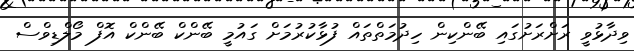
ވިދާޅުވީ ރަށްރަށުގައި ބޭންކިން ހިދުމަތްތައް ފުޅާކުރުމަށް ގައުމީ ބޭންކް ބޭންކް އޮފް މޯލްޑިވްސް